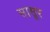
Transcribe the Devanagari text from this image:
सासूर